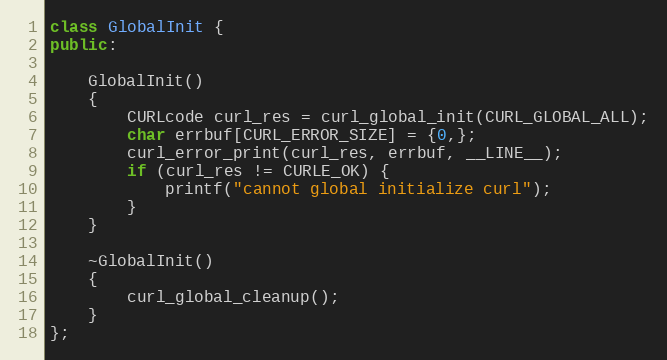
Language: C++
class GlobalInit {
public:

	GlobalInit()
	{
		CURLcode curl_res = curl_global_init(CURL_GLOBAL_ALL);
		char errbuf[CURL_ERROR_SIZE] = {0,};
		curl_error_print(curl_res, errbuf, __LINE__);
		if (curl_res != CURLE_OK) {
			printf("cannot global initialize curl");
		}
	}

	~GlobalInit()
	{
		curl_global_cleanup();
	}
};